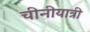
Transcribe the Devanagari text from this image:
चीनीयात्री